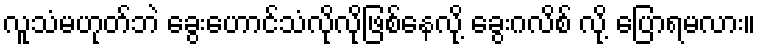
လူသံမဟုတ်ဘဲ ခွေးဟောင်သံလိုလိုဖြစ်နေလို့ ခွေးဂလိစ် လို့ ပြောရမလား။